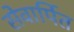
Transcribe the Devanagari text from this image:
सेवार्पित